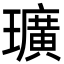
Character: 㼅